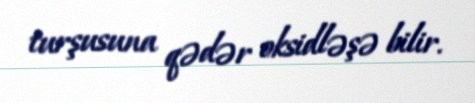
turşusuna qədər oksidləşə bilir.